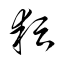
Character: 耘